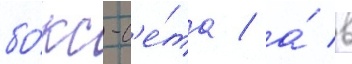
бо́кс-с'е́та / а́ в